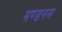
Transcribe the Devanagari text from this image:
मण्‍डनम